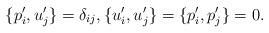
LaTeX: \begin{align*}\{p_i',u_j'\}=\delta_{ij},\{u_i',u_j'\}=\{p_i',p_j'\}=0.\end{align*}